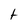
Character: t